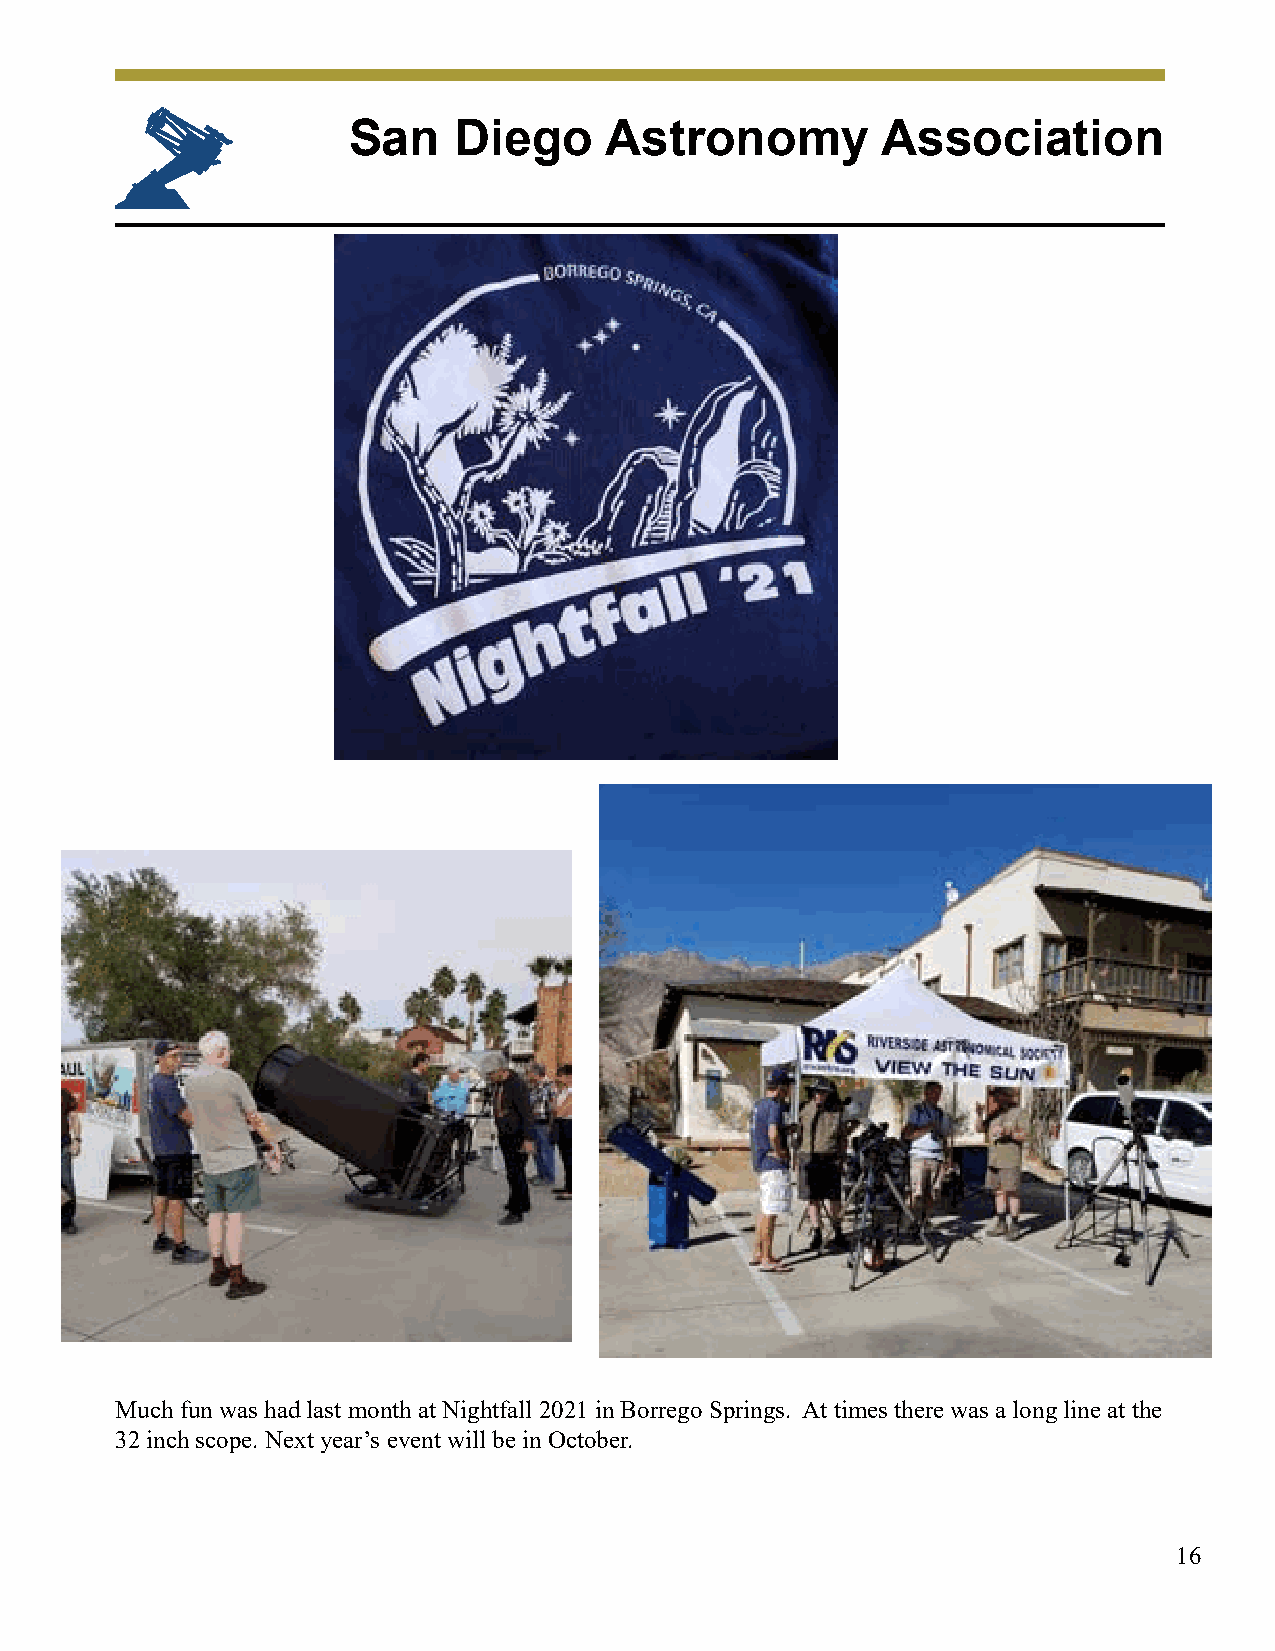
San    Diego     Astronomy         Association
 Much fun was had last month at Nightfall 2021 in Borrego Springs. At times there was a long line at the
 32 inch scope. Next year’s event will be in October.
 16